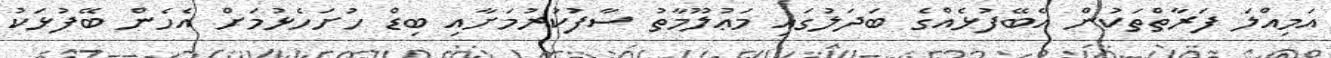
އަމިއްލަ ފަރާތްތަކުން އެބޭފުޅެއްގެ ބަދަލުގައި މަޢުލޫމާތު ސާފުކުރުމަށާއި ބިޑް ހުށަހެޅުމަށް އެހެން ބޭފުޅަކު